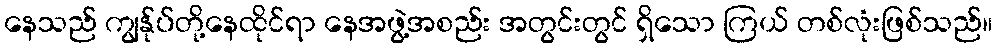
နေသည် ကျွန်ုပ်တို့နေထိုင်ရာ နေအဖွဲ့အစည်း အတွင်းတွင် ရှိသော ကြယ် တစ်လုံးဖြစ်သည်။